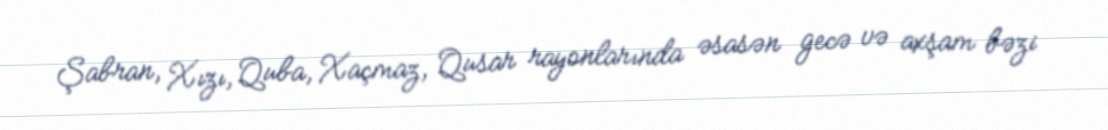
Şabran, Xızı, Quba, Xaçmaz, Qusar rayonlarında əsasən gecə və axşam bəzi